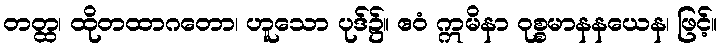
တတ္ထ၊ ထိုတထာဂတော၊ ဟူသော ပုဒ်၌။ ဧဝံ ဣမိနာ ဝုစ္စမာနနယေန၊ ဖြင့်။